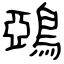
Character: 鵶